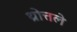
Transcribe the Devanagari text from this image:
थ्रोत्तले